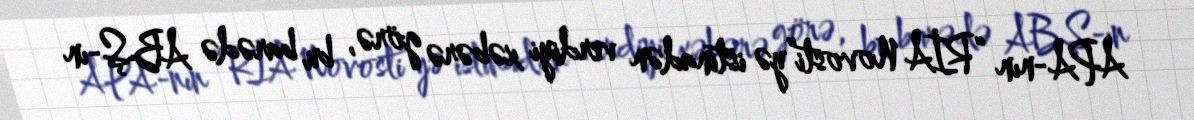
APA-nın “RİA Novosti”yə istinadən verdiyi xəbərə görə, bu barədə ABŞ-ın